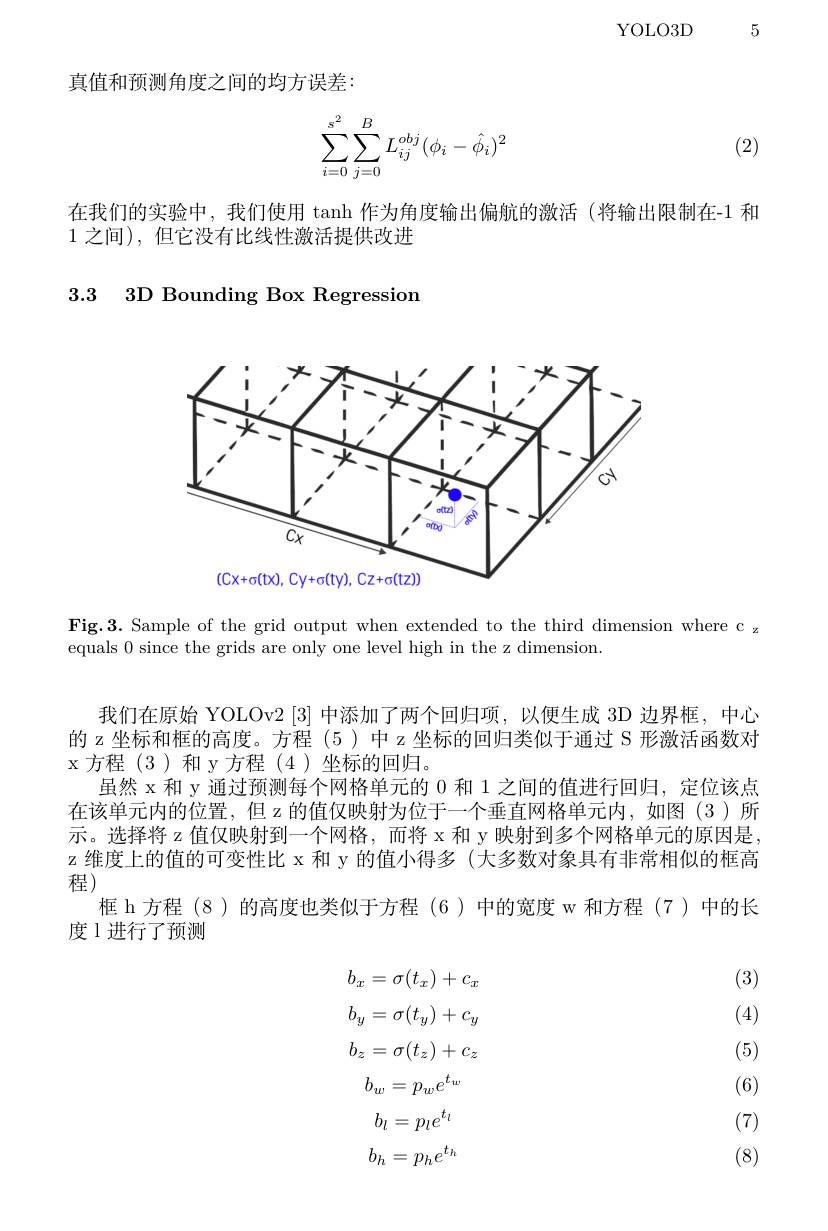
YOLO3D 5

真值和预测角度之间的均方误差：

(2)
$$\begin{aligned}\sum_{i=0}^{s^2}\sum_{j=0}^BL_{ij}^{obj}(\phi_i-\hat{\phi_i})^2\end{aligned}$$
在我们的实验中，我们使用 tanh 作为角度输出偏航的激活 (将输出限制在-1 和
1之间),但它没有比线性激活提供改进

### 3.3 3D Bounding Box Regression

<FigureHere>

Fig.3. Sample of the grid output when extended to the third dimension where c z
equals 0 since the grids are only one level high in the z dimension.

我们在原始 YOLOv2 [3]中添加了两个回归项，以便生成 3D 边界框，中心的 z 坐标和框的高度。方程 (5)中 z 坐标的回归类似于通过 S 形激活函数对x方程(3)和y方程(4)坐标的回归。
虽然 x 和 y 通过预测每个网格单元的 0 和 1 之间的值进行回归，定位该点在该单元内的位置，但 z 的值仅映射为位于一个垂直网格单元内，如图(3)所示。选择将 z 值仅映射到一个网格，而将 x 和 y 映射到多个网格单元的原因是z 维度上的值的可变性比 x 和 y 的值小得多 (大多数对象具有非常相似的框高程)
框 h 方程 (8)的高度也类似于方程 (6) 中的宽度 w 和方程 (7)中的长
度 l 进行了预测

(3)

(4)

(5)
$$b_{x}=\sigma(t_{x})+c_{x}\\b_{y}=\sigma(t_{y})+c_{y}\\b_{z}=\sigma(t_{z})+c_{z}\\b_{w}=p_{w}e^{t_{w}}\\b_{l}=p_{l}e^{t_{l}}\\b_{h}=p_{h}e^{t_{h}}$$
(6)

(7)

(8)